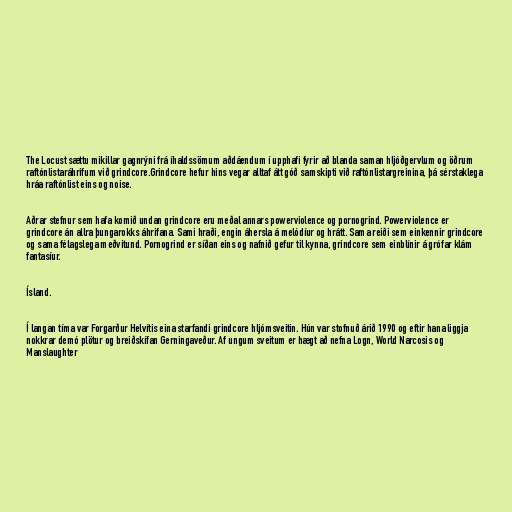
The Locust sættu mikillar gagnrýni frá íhaldssömum aðdáendum í upphafi fyrir að blanda saman hljóðgervlum og öðrum
raftónlistaráhrifum við grindcore.Grindcore hefur hins vegar alltaf átt góð samskipti við raftónlistargreinina, þá sérstaklega
hráa raftónlist eins og noise.

Aðrar stefnur sem hafa komið undan grindcore eru meðal annars powerviolence og pornogrind. Powerviolence er
grindcore án allra þungarokks áhrifana. Sami hraði, engin áhersla á melódíur og hrátt. Sama reiði sem einkennir grindcore
og sama félagslega meðvitund. Pornogrind er síðan eins og nafnið gefur til kynna, grindcore sem einblínir á grófar klám
fantasíur.

Ísland.

Í langan tíma var Forgarður Helvítis eina starfandi grindcore hljómsveitin. Hún var stofnuð árið 1990 og eftir hana liggja
nokkrar demó plötur og breiðskífan Gerningaveður. Af ungum sveitum er hægt að nefna Logn, World Narcosis og
Manslaughter